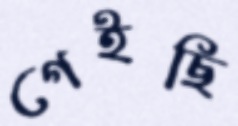
গেইছি